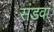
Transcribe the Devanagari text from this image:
संडवा